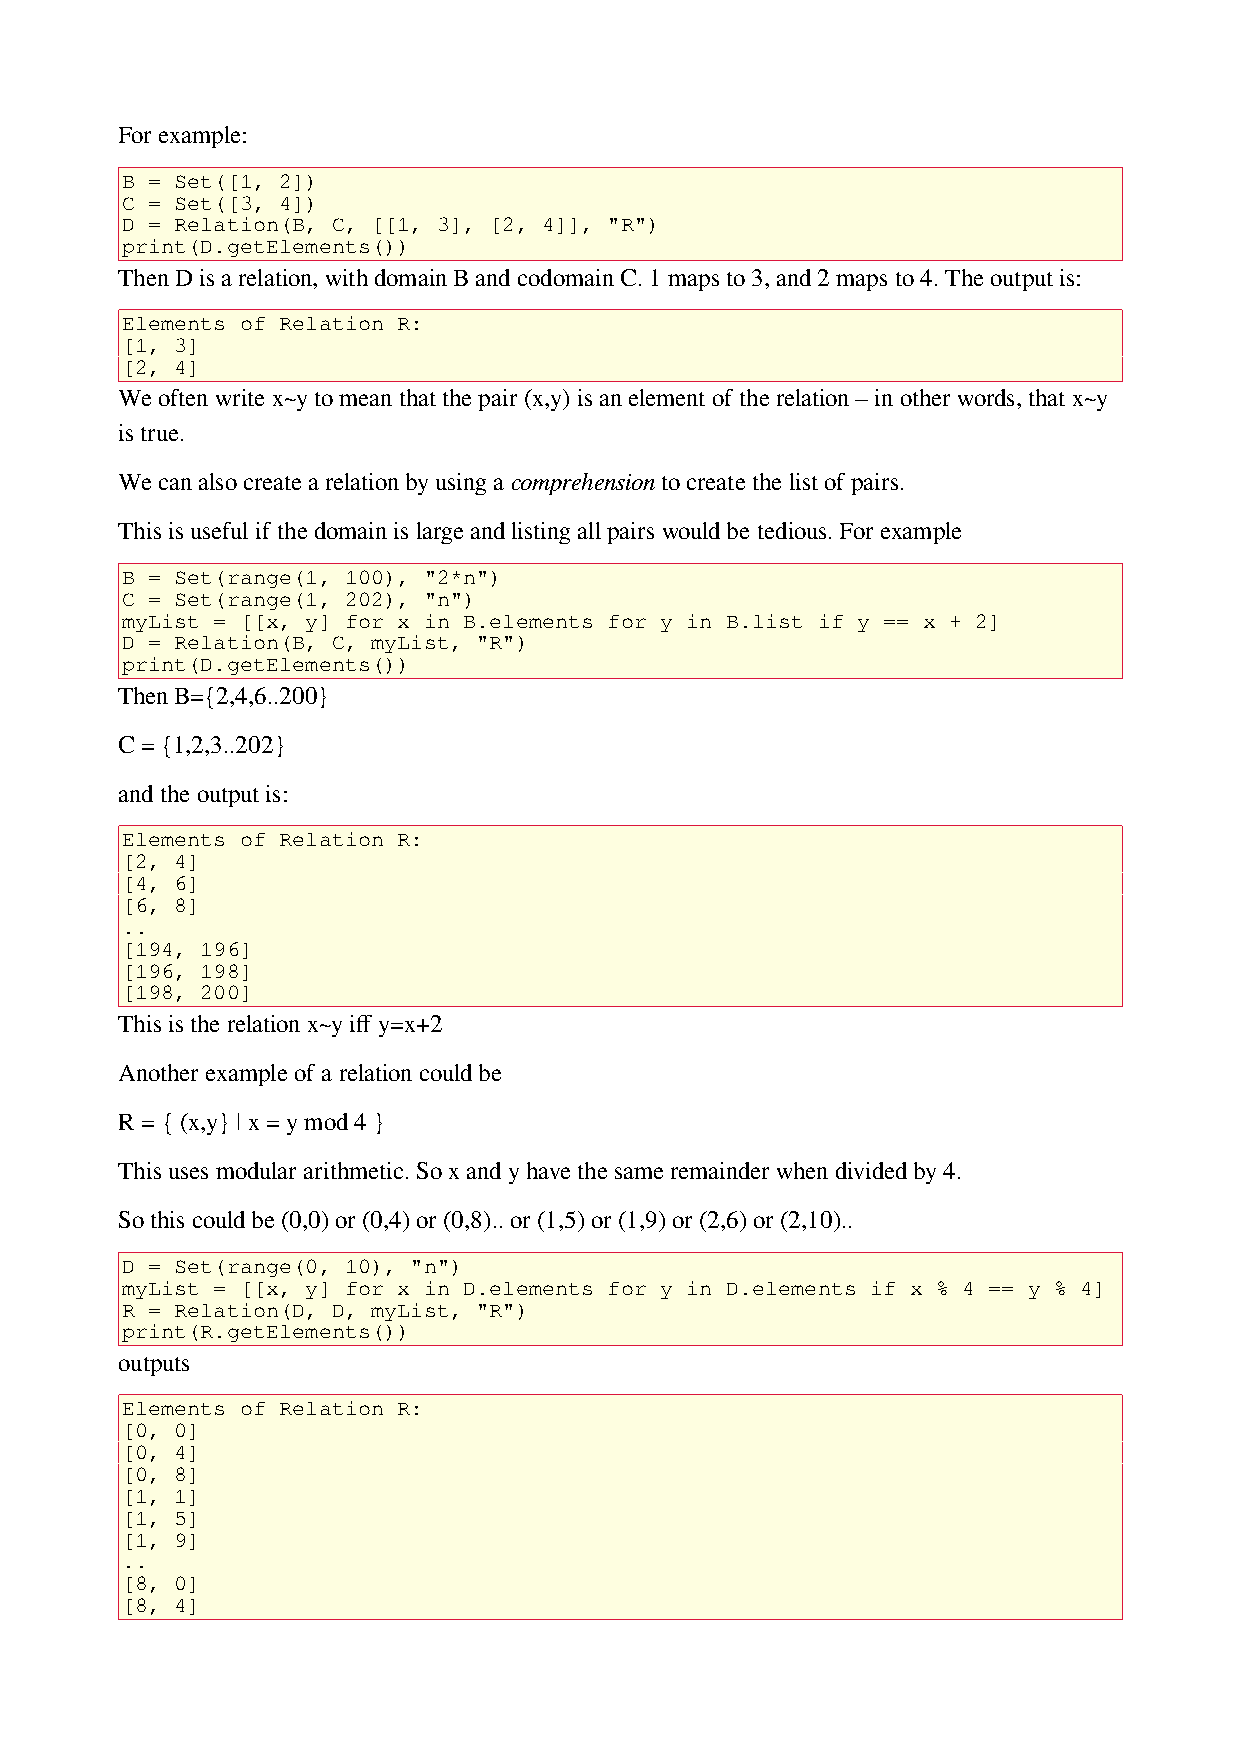
For example:
 B = Set([1, 2])
 C = Set([3, 4])
 D = Relation(B, C, [[1, 3], [2, 4]], "R")
 print(D.getElements())
 Then D is a relation, with domain B and codomain C. 1 maps to 3, and 2 maps to 4. The output is:
 Elements of Relation R:
 [1, 3]
 [2, 4]
 We often write x~y to mean that the pair (x,y) is an element of the relation – in other words, that x~y
 is true.
 We can also create a relation by using a comprehension to create the list of pairs.
 This is useful if the domain is large and listing all pairs would be tedious. For example
 B = Set(range(1, 100), "2*n")
 C = Set(range(1, 202), "n")
 myList = [[x, y] for x in B.elements for y in B.list if y == x + 2]
 D = Relation(B, C, myList, "R")
 print(D.getElements())
 Then B={2,4,6..200}
 C = {1,2,3..202}
 and the output is:
 Elements of Relation R:
 [2, 4]
 [4, 6]
 [6, 8]
 ..
 [194, 196]
 [196, 198]
 [198, 200]
 This is the relation x~y iff y=x+2
 Another example of a relation could be
 R = { (x,y} | x = y mod 4 }
 This uses modular arithmetic. So x and y have the same remainder when divided by 4.
 So this could be (0,0) or (0,4) or (0,8).. or (1,5) or (1,9) or (2,6) or (2,10)..
 D = Set(range(0, 10), "n")
 myList = [[x, y] for x in D.elements for y in D.elements if x % 4 == y % 4]
 R = Relation(D, D, myList, "R")
 print(R.getElements())
 outputs
 Elements of Relation R:
 [0, 0]
 [0, 4]
 [0, 8]
 [1, 1]
 [1, 5]
 [1, 9]
 ..
 [8, 0]
 [8, 4]